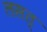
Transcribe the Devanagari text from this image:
लसत्